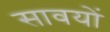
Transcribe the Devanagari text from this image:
सावयों